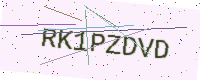
Text: RK1PZDVD